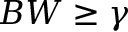
B W \geq \gamma